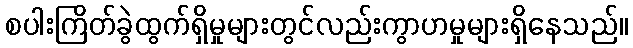
စပါးကြိတ်ခွဲထွက်ရှိမှုများတွင်လည်းကွာဟမှုများရှိနေသည်။